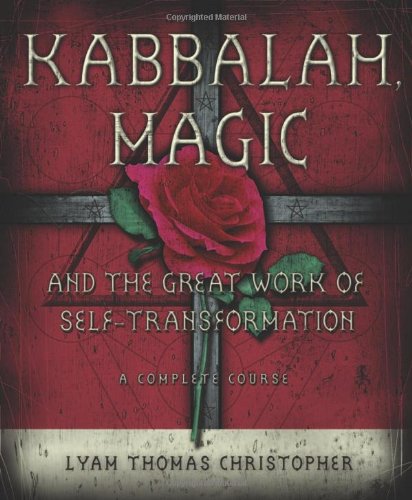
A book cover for Kabbalah, Magic & the Great Work of Self Transformation: A Complete Course; Lyam Thomas Christopher; Religion & Spirituality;